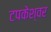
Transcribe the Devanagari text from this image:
टपकेश्‍वर